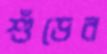
শুঁড়ের